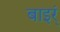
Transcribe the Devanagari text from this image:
बाइर्ं